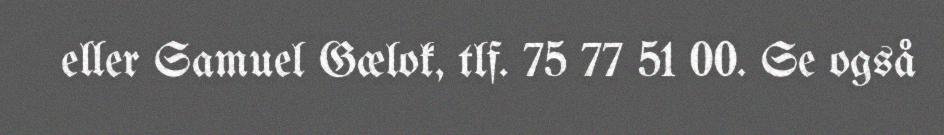
eller Samuel Gælok, tlf. 75 77 51 00. Se også